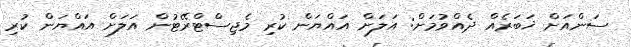
ސަންއަށް ޚަބަރެއް ދެއްވުމަށް: އަލަށް އައްޔަން ކުރި މެޖިސްޓްރޭޓުން އަލަށް އައްޔަން ކުރި